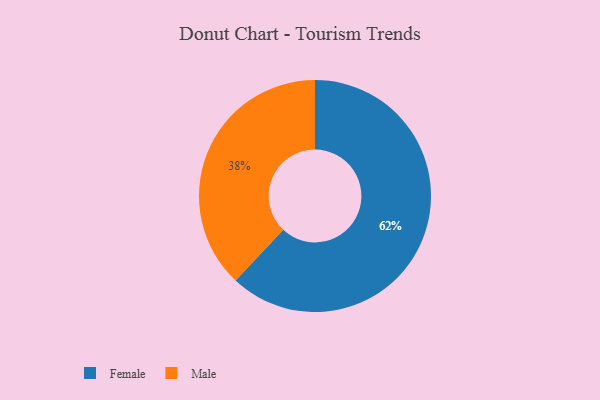
{"axis": {"x": "Category", "y": "Percentage"}, "legend": ["Female", "Male"], "data": [{"x": "Female", "y": 62, "type": "Female"}, {"x": "Male", "y": 38, "type": "Male"}]}